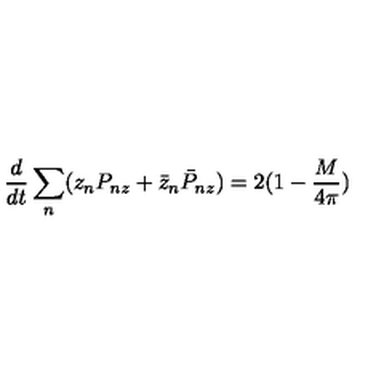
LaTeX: \frac { d } { d t } \sum _ { n } ( z _ { n } P _ { n z } + \bar { z } _ { n } \bar { P } _ { n z } ) = 2 ( 1 - \frac { M } { 4 \pi } )